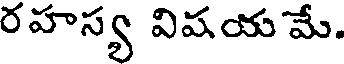
రహస్య విషయ మే.